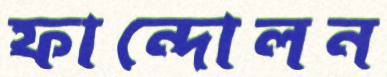
ফান্দোলন